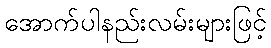
အောက်ပါနည်းလမ်းများဖြင့်